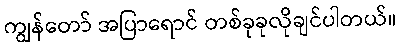
ကျွန်တော် အပြာရောင် တစ်ခုခုလိုချင်ပါတယ်။